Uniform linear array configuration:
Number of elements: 4
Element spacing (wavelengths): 0.25
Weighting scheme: exponential
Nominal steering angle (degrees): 15
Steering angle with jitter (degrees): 15.722
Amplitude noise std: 0.05
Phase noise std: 0.05

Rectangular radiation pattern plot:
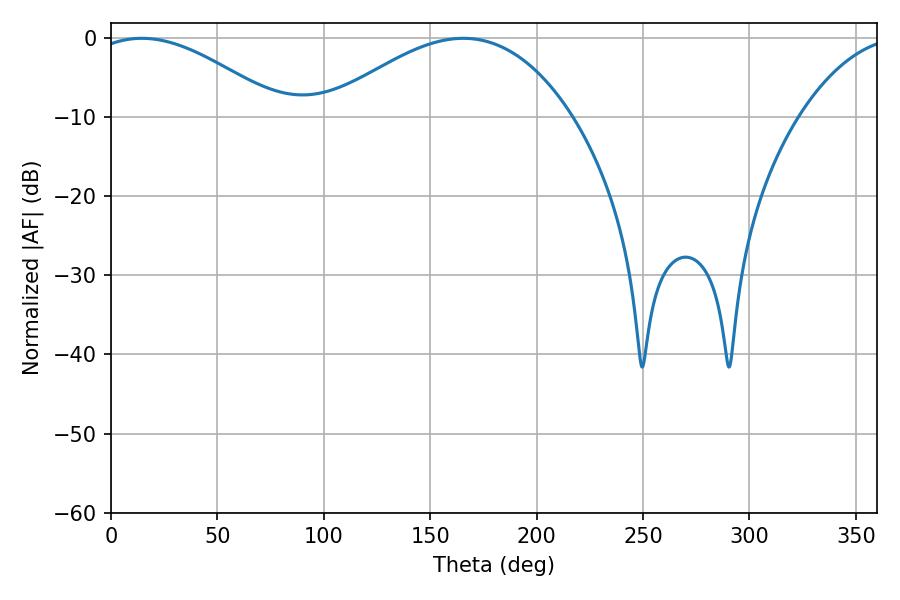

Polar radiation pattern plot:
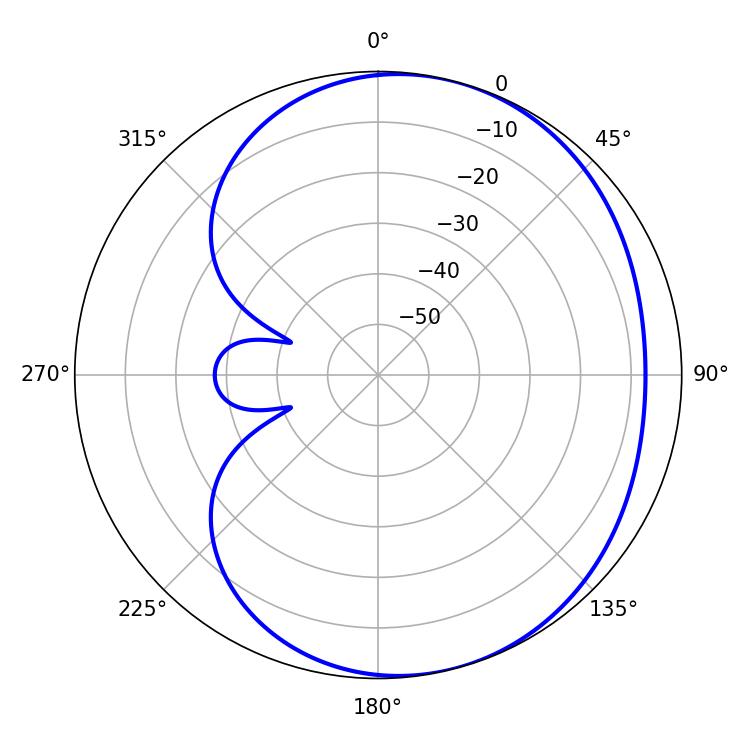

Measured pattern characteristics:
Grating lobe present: FALSE
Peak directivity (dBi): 4.195
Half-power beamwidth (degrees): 49.32
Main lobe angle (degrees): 14.4